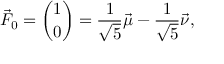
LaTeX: { \vec { F } } _ { 0 } = { \binom { 1 } { 0 } } = { \frac { 1 } { \sqrt { 5 } } } { \vec { \mu } } - { \frac { 1 } { \sqrt { 5 } } } { \vec { \nu } } ,